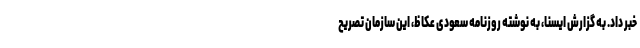
خبر داد. به گزارش ایسنا، به نوشته روزنامه سعودی عکاظ، این سازمان تصریح